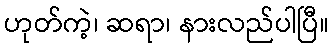
ဟုတ်ကဲ့၊ ဆရာ၊ နားလည်ပါပြီ။